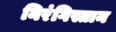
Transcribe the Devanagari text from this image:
निरंगिस्तान